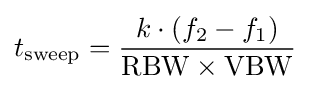
t_{\mathrm {sweep} }={\frac {k\cdot (f_{2}-f_{1})}{\mathrm {RBW} \times \mathrm {VBW} }}